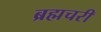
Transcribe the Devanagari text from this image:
ब्रह्मचरी